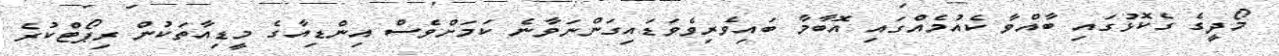
މޯދީގެ ގެކޮޅުގައި ބާއްވާ ކެއުމެއްގައި އޮބާމާ ބައިވެރިވެވަޑައިގަންނަވާނެ ކަމަށްވެސް އިންޑިއާގެ މީޑިއާތަކުން ރިޕޯޓްކުރެ